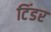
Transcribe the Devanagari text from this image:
टिंडर